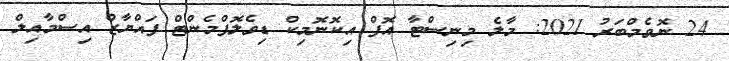
24 ނޮވެމްބަރު 2021: މާލެ މިނިސްޓާ އޮފް އިކޮނޮމިކް ޑިވެލޮޕްމެންޓް ފައްޔާޒް އިސްމާއިލް